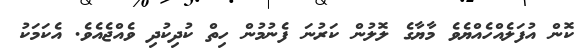
ކޮން އުފަލެއްހެއްޔެވެ މާޔާގެ ލޮލުން ކަރުނަ ފެނުމުން ހިތް ކުދިކުދި ވެއްޖެއެވެ. އެކަމަކު